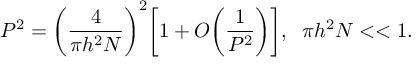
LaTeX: P ^ { 2 } = \bigg ( \frac { 4 } { \pi h ^ { 2 } N } \bigg ) ^ { 2 } \bigg [ 1 + O \bigg ( \frac { 1 } { P ^ { 2 } } \bigg ) \bigg ] , \; \; \pi h ^ { 2 } N < < 1 .